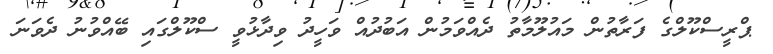
ޕްރީސްކޫލްގެ ފަރާތުން މައުލޫމާތު ދެއްވަމުން އަބުދުއް ވަހީދު ވިދާޅުވީ ސްކޫލްގައި ބޭއްވުނު ދެވަނަ